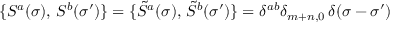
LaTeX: \{ S ^ { a } ( \sigma ) , \, S ^ { b } ( \sigma ^ { \prime } ) \} = \{ { \tilde { S } } ^ { a } ( \sigma ) , \, { \tilde { S } } ^ { b } ( \sigma ^ { \prime } ) \} = \delta ^ { a b } \delta _ { m + n , 0 } \, \delta ( \sigma - \sigma ^ { \prime } )